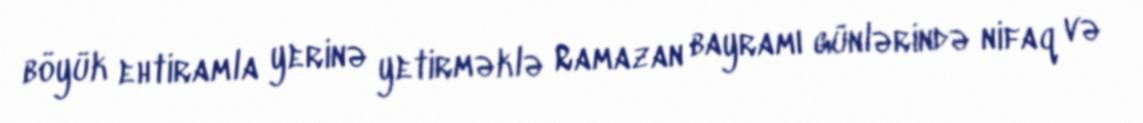
böyük ehtiramla yerinə yetirməklə Ramazan bayramı günlərində nifaq və